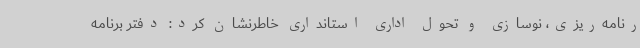
رنامه‌ریزی، نوسازی و تحول اداری استانداری خاطرنشان کرد: دفتر برنامه